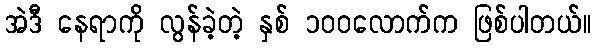
အဲဒီ နေရာကို လွန်ခဲ့တဲ့ နှစ် ၁၀၀လောက်က ဖြစ်ပါတယ်။